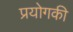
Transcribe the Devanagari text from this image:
प्रयोगकी